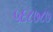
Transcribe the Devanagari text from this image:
५६८७८७